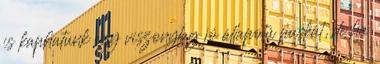
is kaphatunk egy viszonylag jó állapotú puskát, de ha